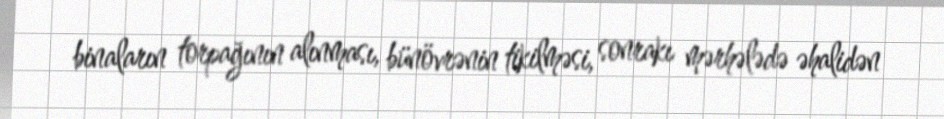
binaların torpağının alınması, bünövrənin tikilməsi, sonrakı mərhələdə əhalidən